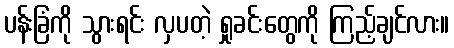
ပန်းခြံကို သွားရင်း လှပတဲ့ ရှုခင်းတွေကို ကြည့်ချင်လား။